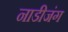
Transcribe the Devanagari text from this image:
नाडीजंग